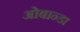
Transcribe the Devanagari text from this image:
ओबान्डा